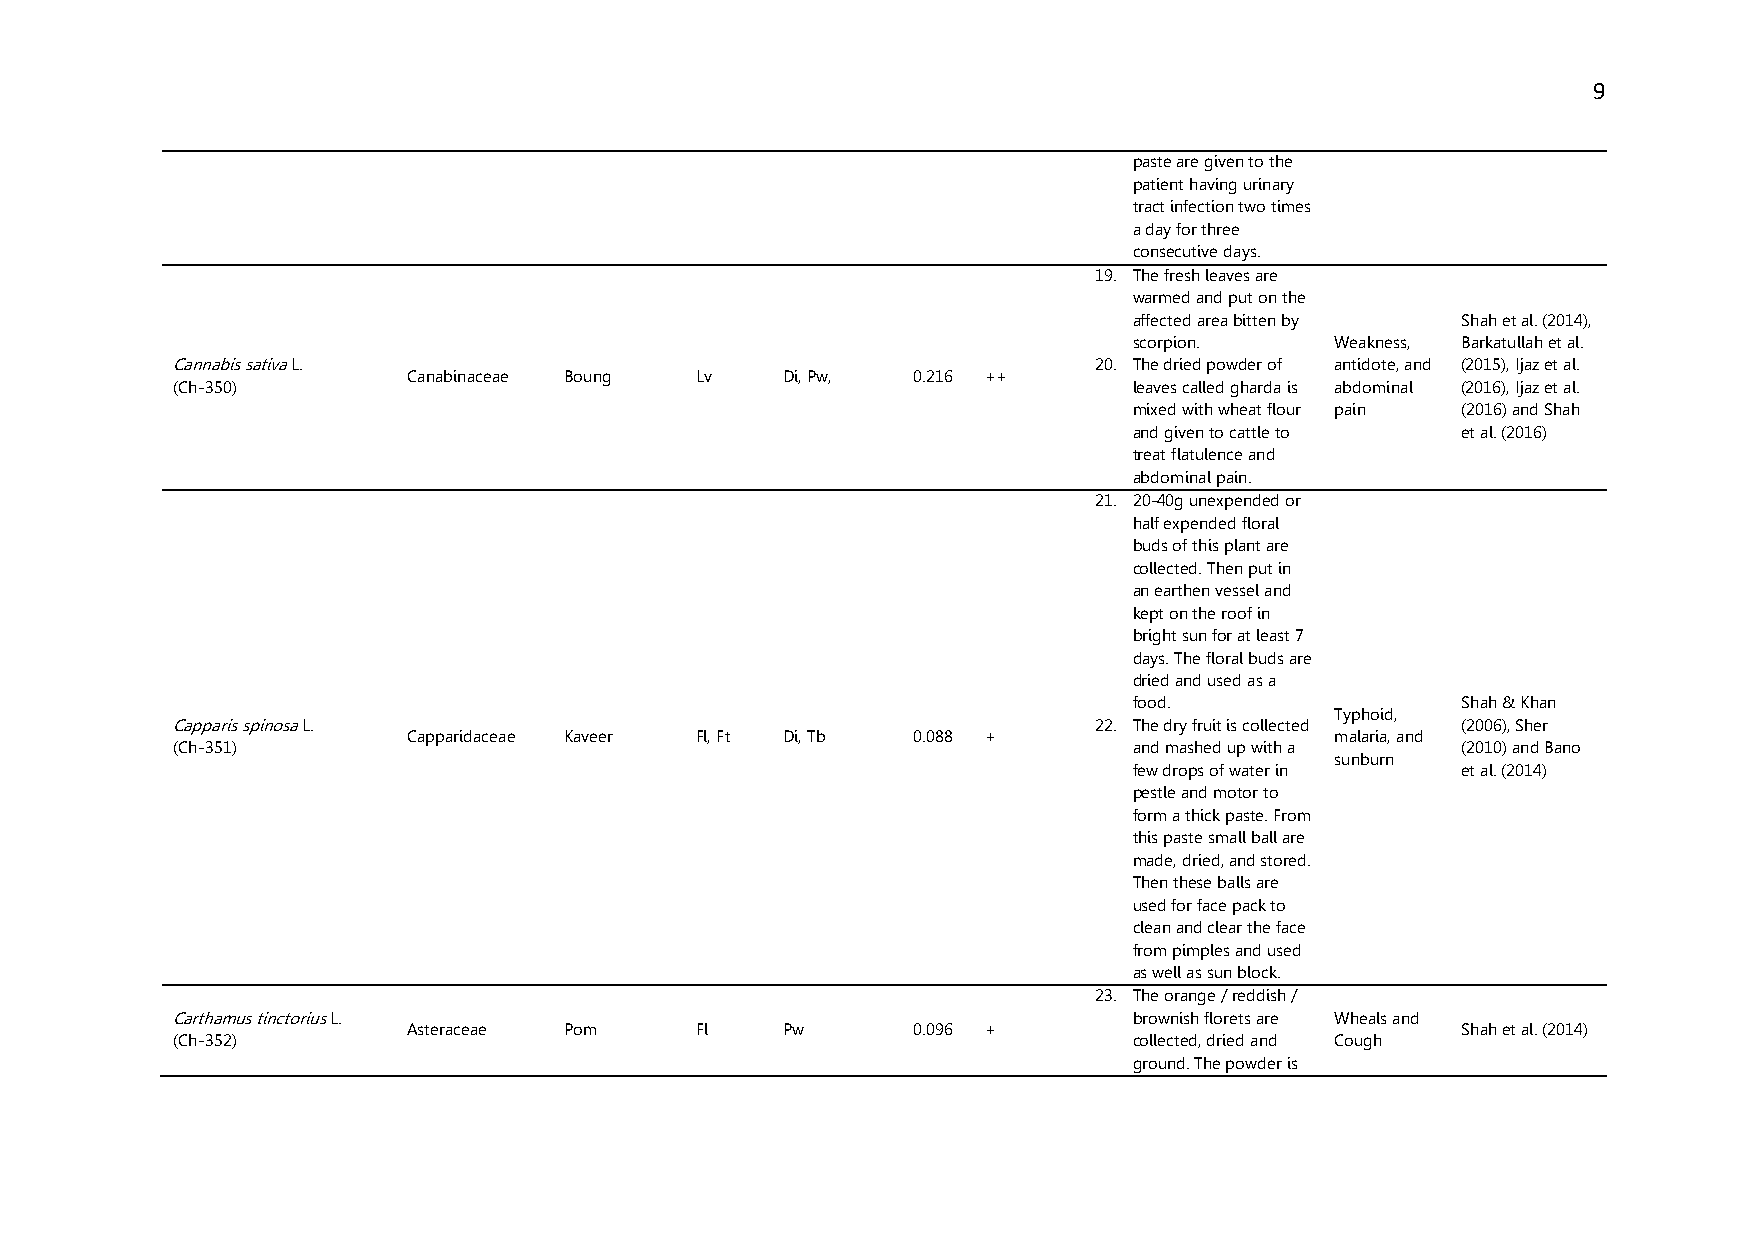
9
 paste are given to the
 patient having urinary
 tract infection two times
 a day for three
 consecutive days.
 19. The fresh leaves are
 warmed and put on the
 affected area bitten by Shah et al. (2014),
 scorpion.    Weakness, Barkatullah et al.
 Cannabis sativa L.                                           20. The dried powder of antidote, and (2015), Ijaz et al.
 Canabinaceae Boung Lv    Di, Pw, 0.216 ++
 (Ch-350)                                                        leaves called gharda is abdominal (2016), Ijaz et al.
 mixed with wheat flour pain (2016) and Shah
 and given to cattle to et al. (2016)
 treat flatulence and
 abdominal pain.
 21. 20-40g unexpended or
 half expended floral
 buds of this plant are
 collected. Then put in
 an earthen vessel and
 kept on the roof in
 bright sun for at least 7
 days. The floral buds are
 dried and used as a
 food.                 Shah & Khan
 Typhoid,
 Capparis spinosa L.                                          22. The dry fruit is collected (2006), Sher
 Capparidaceae Kaveer Fl, Ft Di, Tb 0.088 +                   malaria, and
 (Ch-351)                                                        and mashed up with a  (2010) and Bano
 sunburn
 few drops of water in et al. (2014)
 pestle and motor to
 form a thick paste. From
 this paste small ball are
 made, dried, and stored.
 Then these balls are
 used for face pack to
 clean and clear the face
 from pimples and used
 as well as sun block.
 23. The orange / reddish /
 Carthamus tinctorius L.                                         brownish florets are Wheals and
 Asteraceae Pom     Fl    Pw      0.096 +                              Shah et al. (2014)
 (Ch-352)                                                        collected, dried and Cough
 ground. The powder is